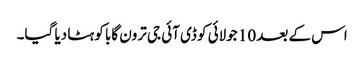
اس کے بعد 10 جولائی کو ڈی آئی جی ترون گابا کو ہٹا دیا گیا۔